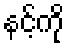
နင့်ကို